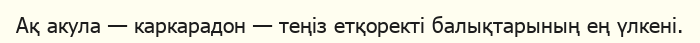
Ақ акула — каркарадон — теңіз етқоректі балықтарының ең үлкені.